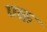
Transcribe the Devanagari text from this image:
ण्क